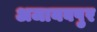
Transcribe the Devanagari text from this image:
अजायबपुर